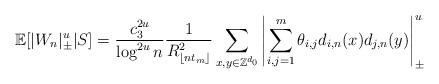
LaTeX: \begin{align*}{\mathbb E}[|W_n|_\pm^u|S]=\frac{c_3^{2u}}{\log^{2u} n} \frac 1{R_{\lfloor nt_m\rfloor}^2}\sum_{x,y\in\mathbb Z^{d_0}} \left|\sum_{i,j=1}^m\theta_{i,j}d_{i,n}(x)d_{j,n}(y)\right|_\pm^u\end{align*}